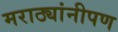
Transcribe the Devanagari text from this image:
मराठ्यांनीपण